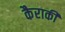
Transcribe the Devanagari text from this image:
कैराकी